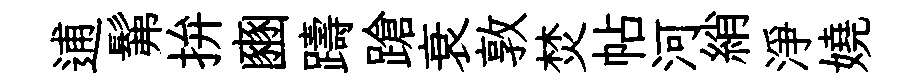
逋髴拚豳躊蹌衰敦焚帖河綃淨嬈